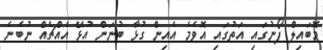
މޮބައިލް ފޯނުގައި އަތުގައި އޮވެމެ އެއިން ގުޅާ ބުނަން އުޅޭ އެއްޗެއް ނުބެނެ